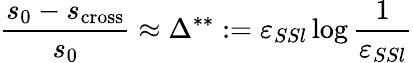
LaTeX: \frac{s_{0}-s_{\mathrm{cross}}}{s_{0}}\approx\Delta^{**}:=\varepsilon_{SSl}\log\frac{1}{\varepsilon_{SSl}}